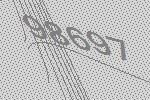
98697